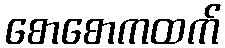
စောစောကထက်